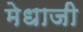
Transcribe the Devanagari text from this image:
मेधाजी